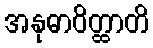
အနုဓာဝိတ္ထာတိ